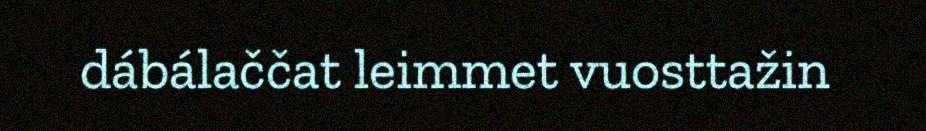
dábálaččat leimmet vuosttažin